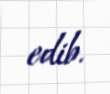
edib.